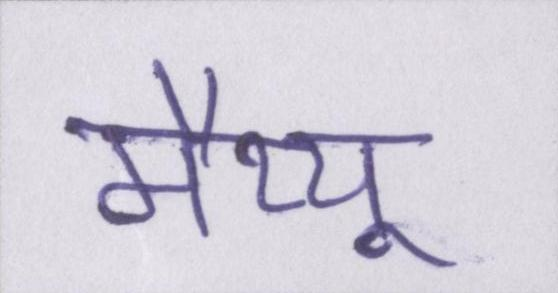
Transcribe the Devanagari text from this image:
मैथ्यू